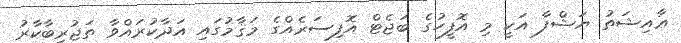
ޢާއިޝަތު ޔަޝްފާ އަކީ މި އޮފީހުގެ ބަޖެޓް އޮފިސަރެއްގެ މަޤާމުގައި އަދާކުރައްވާ ތަޖުރިބާކާރު